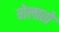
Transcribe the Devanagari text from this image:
गेलातो